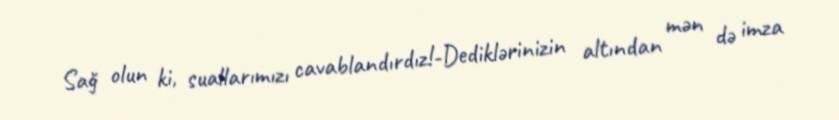
Sağ olun ki, suallarımızı cavablandırdız!-Dediklərinizin altından mən də imza